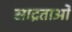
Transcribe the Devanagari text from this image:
साद्रताओं